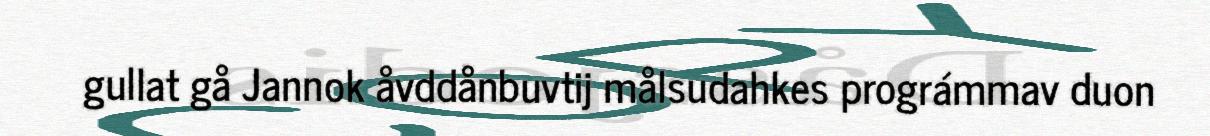
gullat gå Jannok åvddånbuvtij målsudahkes prográmmav duon